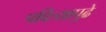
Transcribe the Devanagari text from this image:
पवित्र्यापुढे